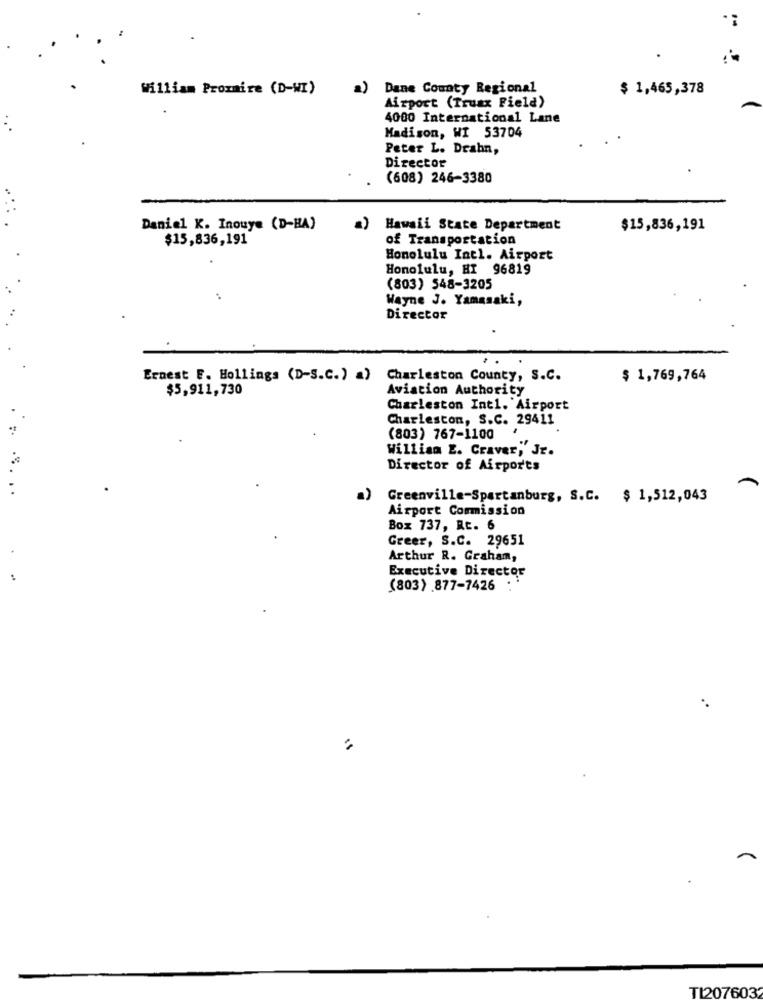
William Prommire (D-WI)
2)
Dane County Regional
$ 1,465,378
Airport (Truax Field)
4000 International Lane
Madison, WI 53704
Peter L. Drahn,
Director
(608) 246-3380
Daniel K. Inouye (D-HA)
a)
Hawaii State Department
$15,836,191
$15,836,191
of Transportation
Honolulu Intl. Airport
Honolulu, HI 96819
(803) 548-3205
Wayne J. Yamasaki,
Director
Ernest E. Hollings (D-S.C.) a)
Charleston County, S.C.
$ 1,769,764
$5,911,730
Aviation Authority
Charleston Int1. Airport
Charleston, S.C. 29411
(803) 767-1100
William E. Craver, Jr.
Director of Airpor'ts
-
a)
Greenville-Spartanburg, S.C. $ 1,512,043
Airport Commission
Box 737, Rt. 6
Greer, S.C. 29651
Arthur R. Graham,
Executive Director
(803) .877-7426
TI2076032